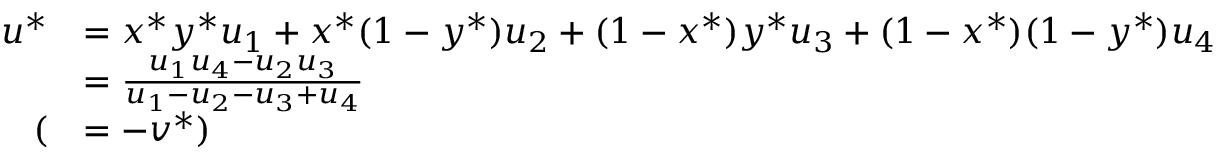
\begin{array} { r l } { u ^ { * } } & { = x ^ { * } y ^ { * } u _ { 1 } + x ^ { * } ( 1 - y ^ { * } ) u _ { 2 } + ( 1 - x ^ { * } ) y ^ { * } u _ { 3 } + ( 1 - x ^ { * } ) ( 1 - y ^ { * } ) u _ { 4 } } \\ & { = \frac { u _ { 1 } u _ { 4 } - u _ { 2 } u _ { 3 } } { u _ { 1 } - u _ { 2 } - u _ { 3 } + u _ { 4 } } } \\ { ( } & { = - v ^ { * } ) } \end{array}